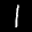
Label: 1